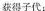
获得子代；